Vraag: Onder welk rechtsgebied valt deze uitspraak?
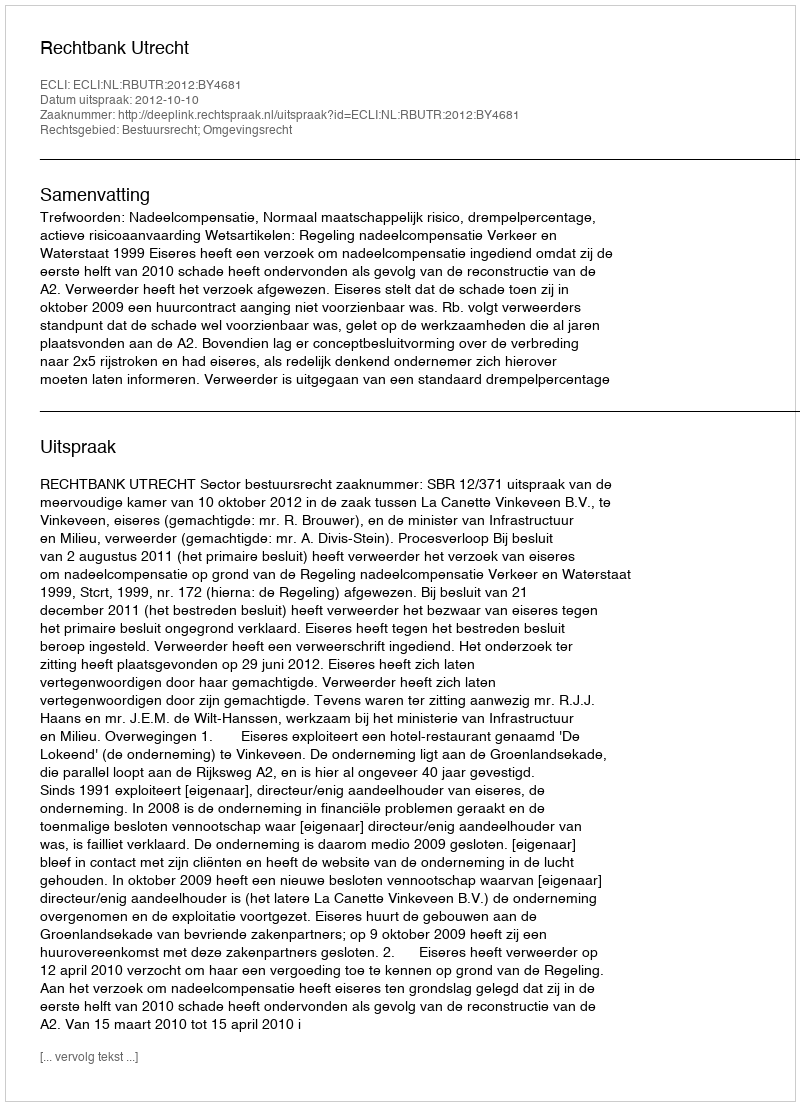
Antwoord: Bestuursrecht; Omgevingsrecht